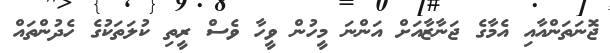
ޖޮނަތަންއާއި އެމާގެ ޖަނާޒާއަށް އަންނަ މީހުން ވީހާ ވެސް ރީތި ކުލަތަކުގެ ހެދުންތައް